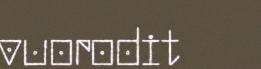
vuorodit